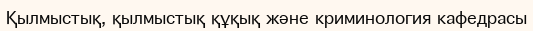
Қылмыстық, қылмыстық құқық және криминология кафедрасы